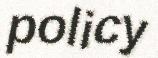
policy